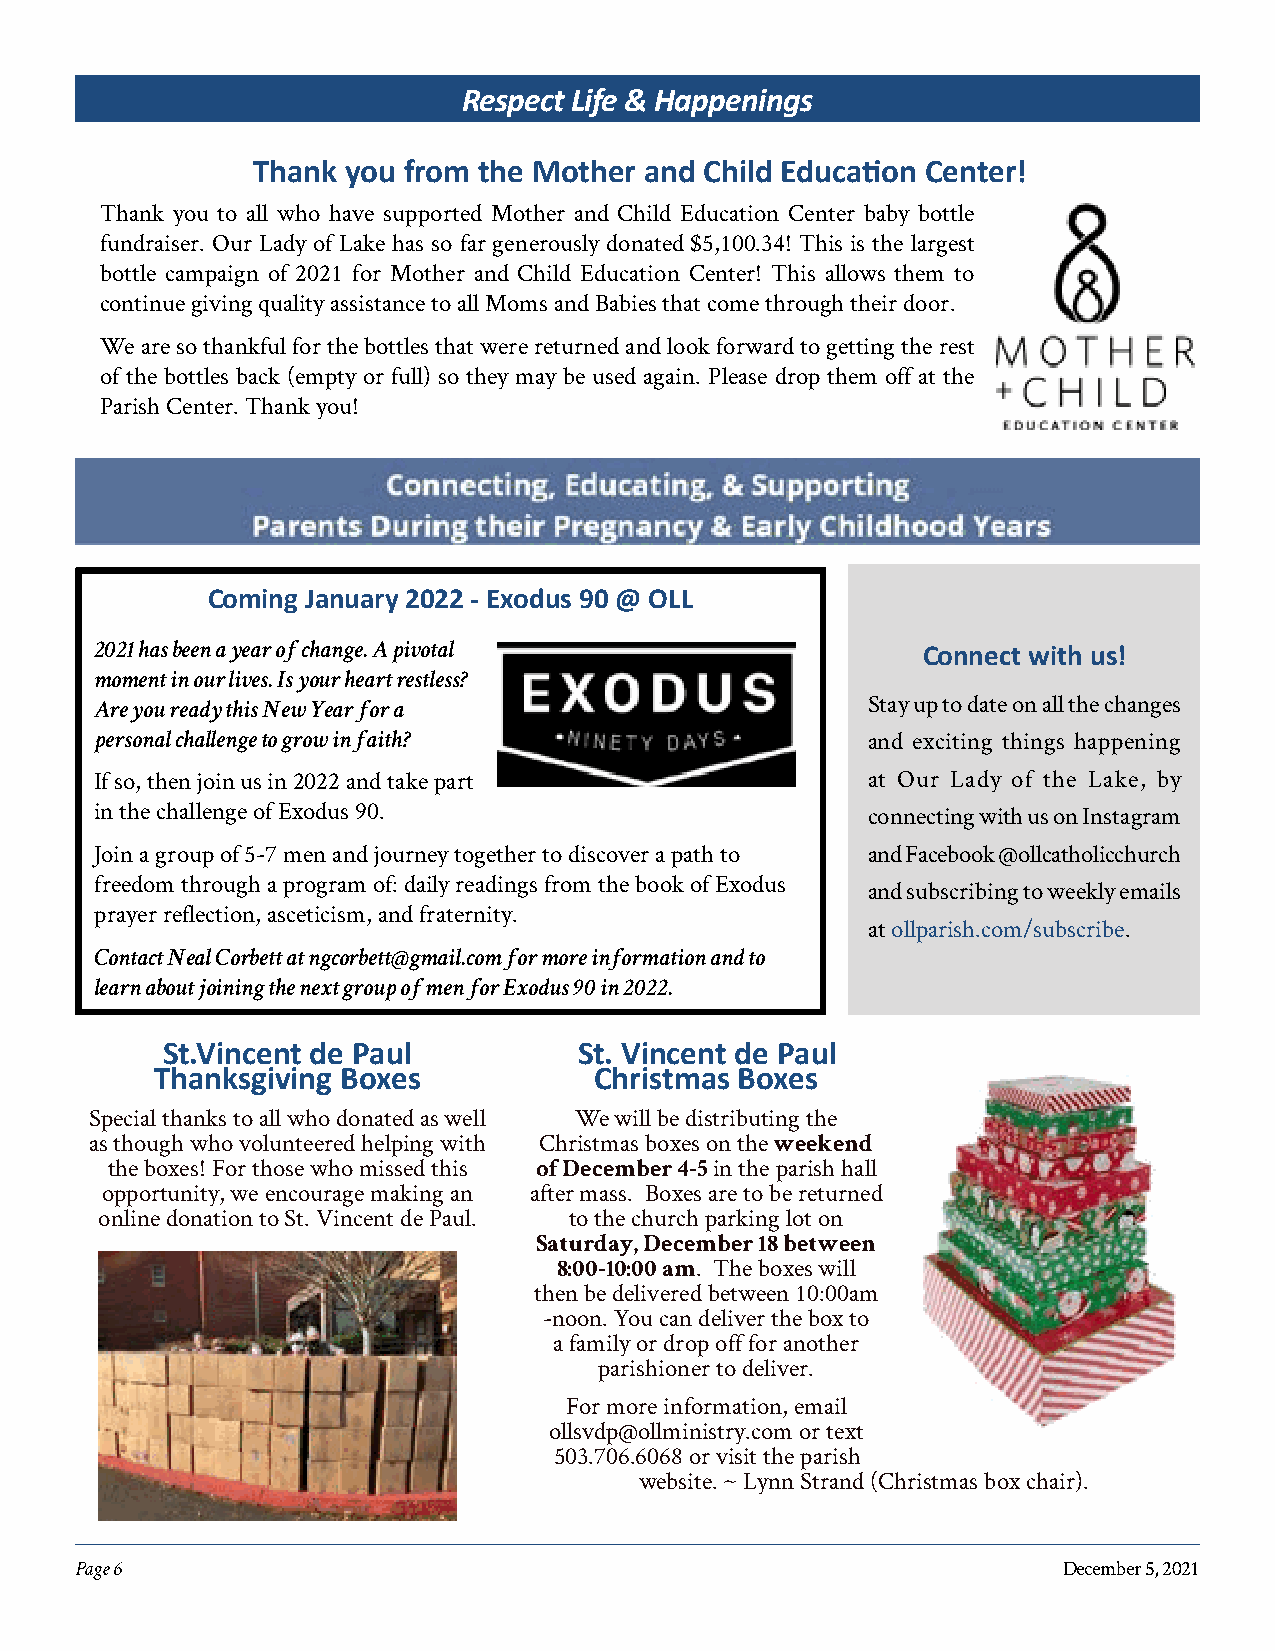
Respect Life & Happenings
 Thank you from the Mother and Child Education Center!
 Thank you to all who have supported Mother and Child Education Center baby bottle
 fundraiser. Our Lady of Lake has so far generously donated $5,100.34! This is the largest
 bottle campaign of 2021 for Mother and Child Education Center! This allows them to
 continue giving quality assistance to all Moms and Babies that come through their door.
 We are so thankful for the bottles that were returned and look forward to getting the rest
 of the bottles back (empty or full) so they may be used again. Please drop them off at the
 Parish Center. Thank you!
 Coming January 2022 - Exodus 90 @ OLL
 2021 has been a year of change. A pivotal
 Connect with us!
 moment in our lives. Is your heart restless?
 Are you ready this New Year for a                  Stay up to date on all the changes
 personal challenge to grow in faith?               and exciting things happening
 If so, then join us in 2022 and take part          at Our Lady of the Lake, by
 in the challenge of Exodus 90.                     connecting with us on Instagram
 Join a group of 5-7 men and journey together to discover a path to and Facebook @ollcatholicchurch
 freedom through a program of: daily readings from the book of Exodus
 and subscribing to weekly emails
 prayer reflection, asceticism, and fraternity.
 at ollparish.com/subscribe.
 Contact Neal Corbett at ngcorbett@gmail.com for more information and to
 learn about joining the next group of men for Exodus 90 in 2022.
 St.Vincent de Paul         St. Vincent de Paul
 Thanksgiving Boxes           Christmas Boxes
 Special thanks to all who donated as well We will be distributing the
 as though who volunteered helping with Christmas boxes on the
 weekend
 the boxes! For those who missed this    in the parish hall
 of December 4-5
 opportunity, we encourage making an after mass. Boxes are to be returned
 online donation to St. Vincent de Paul. to the church parking lot on
 Saturday, December 18 between
 . The boxes will
 8:00-10:00 am
 then be delivered between 10:00am
 -noon. You can deliver the box to
 a family or drop off for another
 parishioner to deliver.
 For more information, email
 ollsvdp@ollministry.com or text
 503.706.6068 or visit the parish
 website. ~ Lynn Strand (Christmas box chair).
 Page 6                                                           December 5, 2021